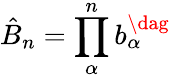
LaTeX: \hat{B}_{n}=\prod_{\alpha}^{n}b_{\alpha}^{\dag}